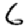
Digit: 6